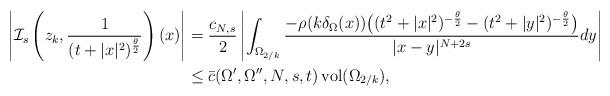
LaTeX: \begin{align*} \left|\mathcal{I}_s\left(z_k, \frac{1}{(t+|x|^2)^{\frac{\theta}{2}}}\right)(x)\right|&=\frac{c_{N,s}}{2}\left|\int_{\Omega_{2/k}}\frac{-\rho(k\delta_\Omega(x))\big((t^2+|x|^2)^{-\frac{\theta}{2}}-(t^2+|y|^2)^{-\frac{\theta}{2}}\big)}{|x-y|^{N+2s}}dy\right|\\ &\leq \bar{c}(\Omega^{\prime},\Omega^{\prime\prime}, N, s,t)\,\textrm{vol}(\Omega_{2/k}),\end{align*}